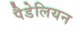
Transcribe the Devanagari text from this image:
पैडेलियन